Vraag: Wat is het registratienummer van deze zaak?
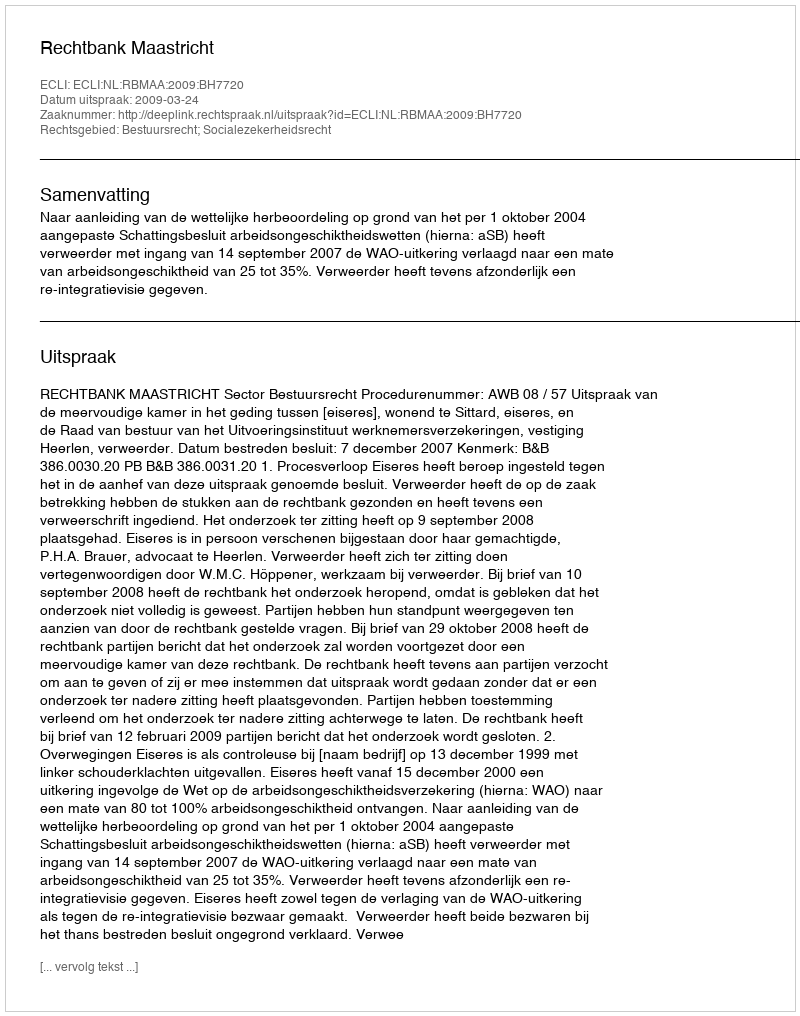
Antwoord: http://deeplink.rechtspraak.nl/uitspraak?id=ECLI:NL:RBMAA:2009:BH7720